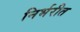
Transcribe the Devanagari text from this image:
निर्भरीत